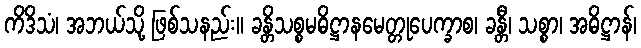
ကိဒိသံ၊ အဘယ်သို့ ဖြစ်သနည်း။ ခန္တိသစ္စမဓိဋ္ဌာနမေတ္တုပေက္ခာစ၊ ခန္တီ၊ သစ္စာ၊ အဓိဋ္ဌာန်၊